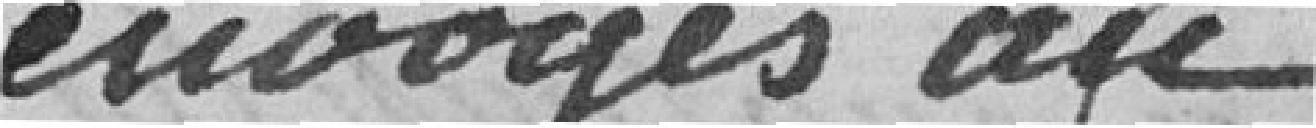
envoyées au